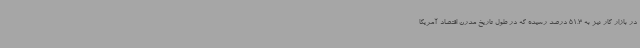
در بازار کار نیز به 51.3 درصد رسیده که در طول تاریخ مدرن اقتصاد آمریکا